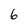
Character: 6